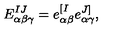
E _ { \alpha \beta \gamma } ^ { I J } = e _ { \alpha \beta } ^ { [ I } e _ { \alpha \gamma } ^ { J ] } ,